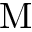
\mathrm { M }